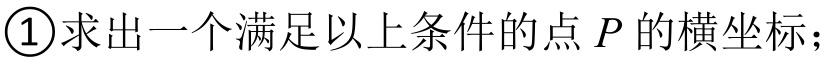
\textcircled{1}求出一个满足以上条件的点\(P\)的横坐标；